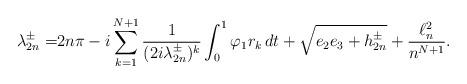
LaTeX: \begin{align*}\lambda_{2n}^\pm= &2n\pi -i \sum_{k=1}^{N+1}\frac{1}{(2i\lambda_{2n}^\pm)^k}\int_0^1\varphi_1r_k\,dt + \sqrt{e_2e_3+ h_{2n}^\pm} + \frac{\ell^2_n}{n^{N+1}}.\end{align*}